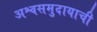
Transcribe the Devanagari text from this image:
अश्वसमुदायाची